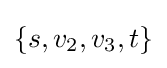
\{s,v_{2},v_{3},t\}